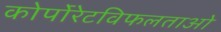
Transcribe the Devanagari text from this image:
कोर्पोरेटविफलताओ